Indian journal of veterinary science and animal husbandry - Volumes 22-23, 1952-1953
Year: 1952
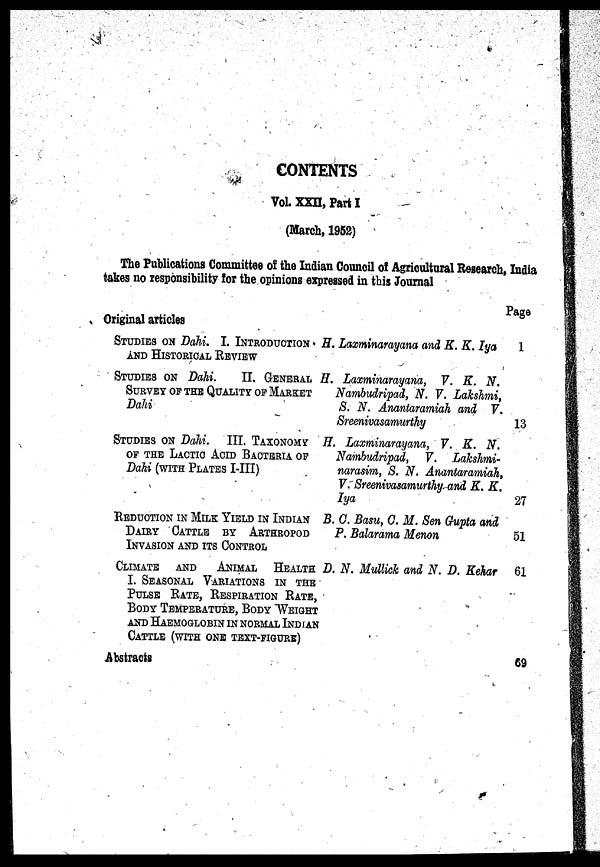
CONTENTS
Vol XXII, Part I
(March, 1952)
The Publications Committee of the Indian Council of Agricultural Research, India
takes no responsibility for the opinions expressed in this Journal
Original articles
STUDIES ON Dahi. I. INTRODUCTION
AND HISTORICAL REVIEW
STUDIES ON Dahi.
II. GENERAL
SURVEY OF THE QUALITY OF MARKET
Dahi
STUDIES ON Dahi. III. TAXONOMY
OF THE LACTIC ACID BACTERIA OF
Dahi (WITH PLATES I-III)
REDUCTION IN MILK YIELD IN INDIAN
DAIRY CATTLE BY ARTHOPOD
INVATION AND ITS CONTROL
CLIMATE
AND
ANIMAL
HEALTH
I. SEASONAL VARIATIONS IN THE
PULSE RATE, RESPIRATION RATE,
BODY TEMPERATURE, BODY WEIGHT
AND HAEMOGLOBIN IN NORMAL INDIAN
CATTLE (WITH ONE TEXT-FIGURE)
Abstracts
H. Laxminarayana and K. K. Iya
H. Laxminarayana, V. K. N.
Nambudripad, N. V. Lakshmi,
S. N. Anantaramiah and V.
Sreenivasamurthy
H. Laxminarayana, V. K. N.
Nambudripad, V. Lakshmi-
narasim, S. N. Anantaramiah,
Y. Sreenivasamurthy and K. K.
Iya
B. C. Basu, C. M. Sen Gupta and
P. Balarama Menon
D. N. Mullick and N. D. Kehar
Page
1
13
27
51
61
69